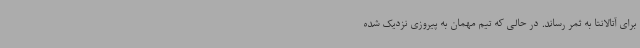
برای آتالانتا به ثمر رساند. در حالی که تیم مهمان به پیروزی نزدیک شده